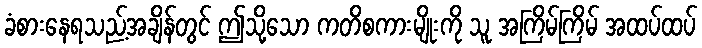
ခံစားနေရသည့်အချိန်တွင် ဤသို့သော ကတိစကားမျိုးကို သူ အကြိမ်ကြိမ် အထပ်ထပ်